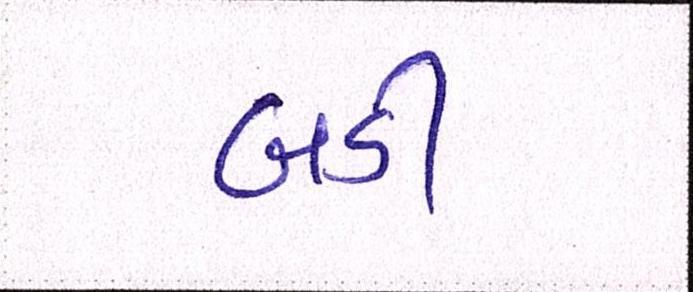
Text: બડી